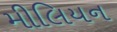
મીલિયન